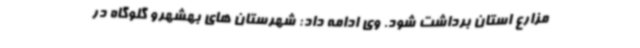
مزارع استان برداشت شود. وی ادامه داد: شهرستان های بهشهرو گلوگاه در